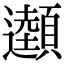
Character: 𩕜